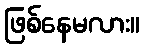
ဖြစ်နေမလား။